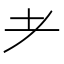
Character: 耂